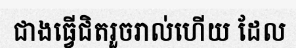
ជាងធ្វើជិតរួចរាល់ហើយ ដែល